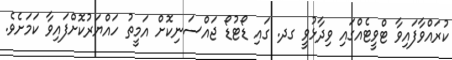
ކުރައްވާފައިވާ ޓްވީޓެއްގައި ވިދާޅުވީ ގދ. ގައި ޑޯޓުޑޯ ޖައްސަނިކޮށް އަމީތު ހައްޔަރުކޮށްފައިވާ ކަމަށެވެ.